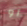
أو